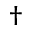
^ \dagger